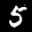
Label: 5